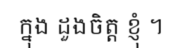
ក្នុង ដួងចិត្ត ខ្ញុំ ។